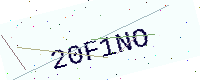
Text: 20F1NO